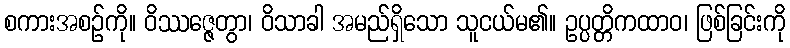
စကားအစဉ်ကို။ ဝိဿဇ္ဇေတွာ၊ ဝိသာခါ အမည်ရှိသော သူငယ်မ၏။ ဥပ္ပတ္တိကထာဝ၊ ဖြစ်ခြင်းကို